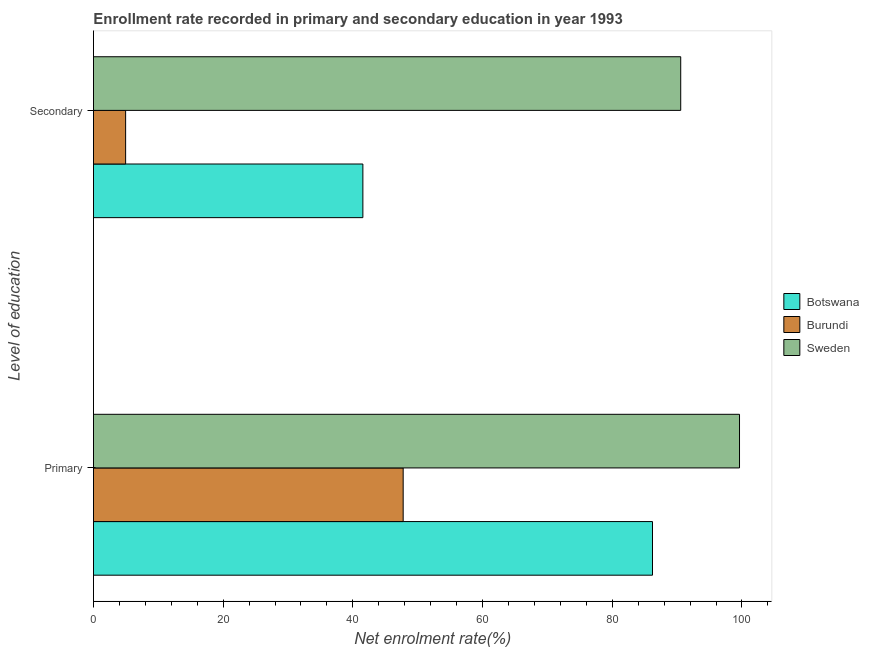
| Level of education | Botswana | Burundi | Sweden |
 | --- | --- | --- | --- |
 | Primary | 86.2 | 47.8 | 99.6 |
 | Secondary | 41.5 | 4.96 | 90.6 |